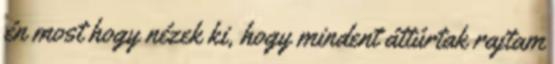
én most hogy nézek ki, hogy mindent áttúrtak rajtam